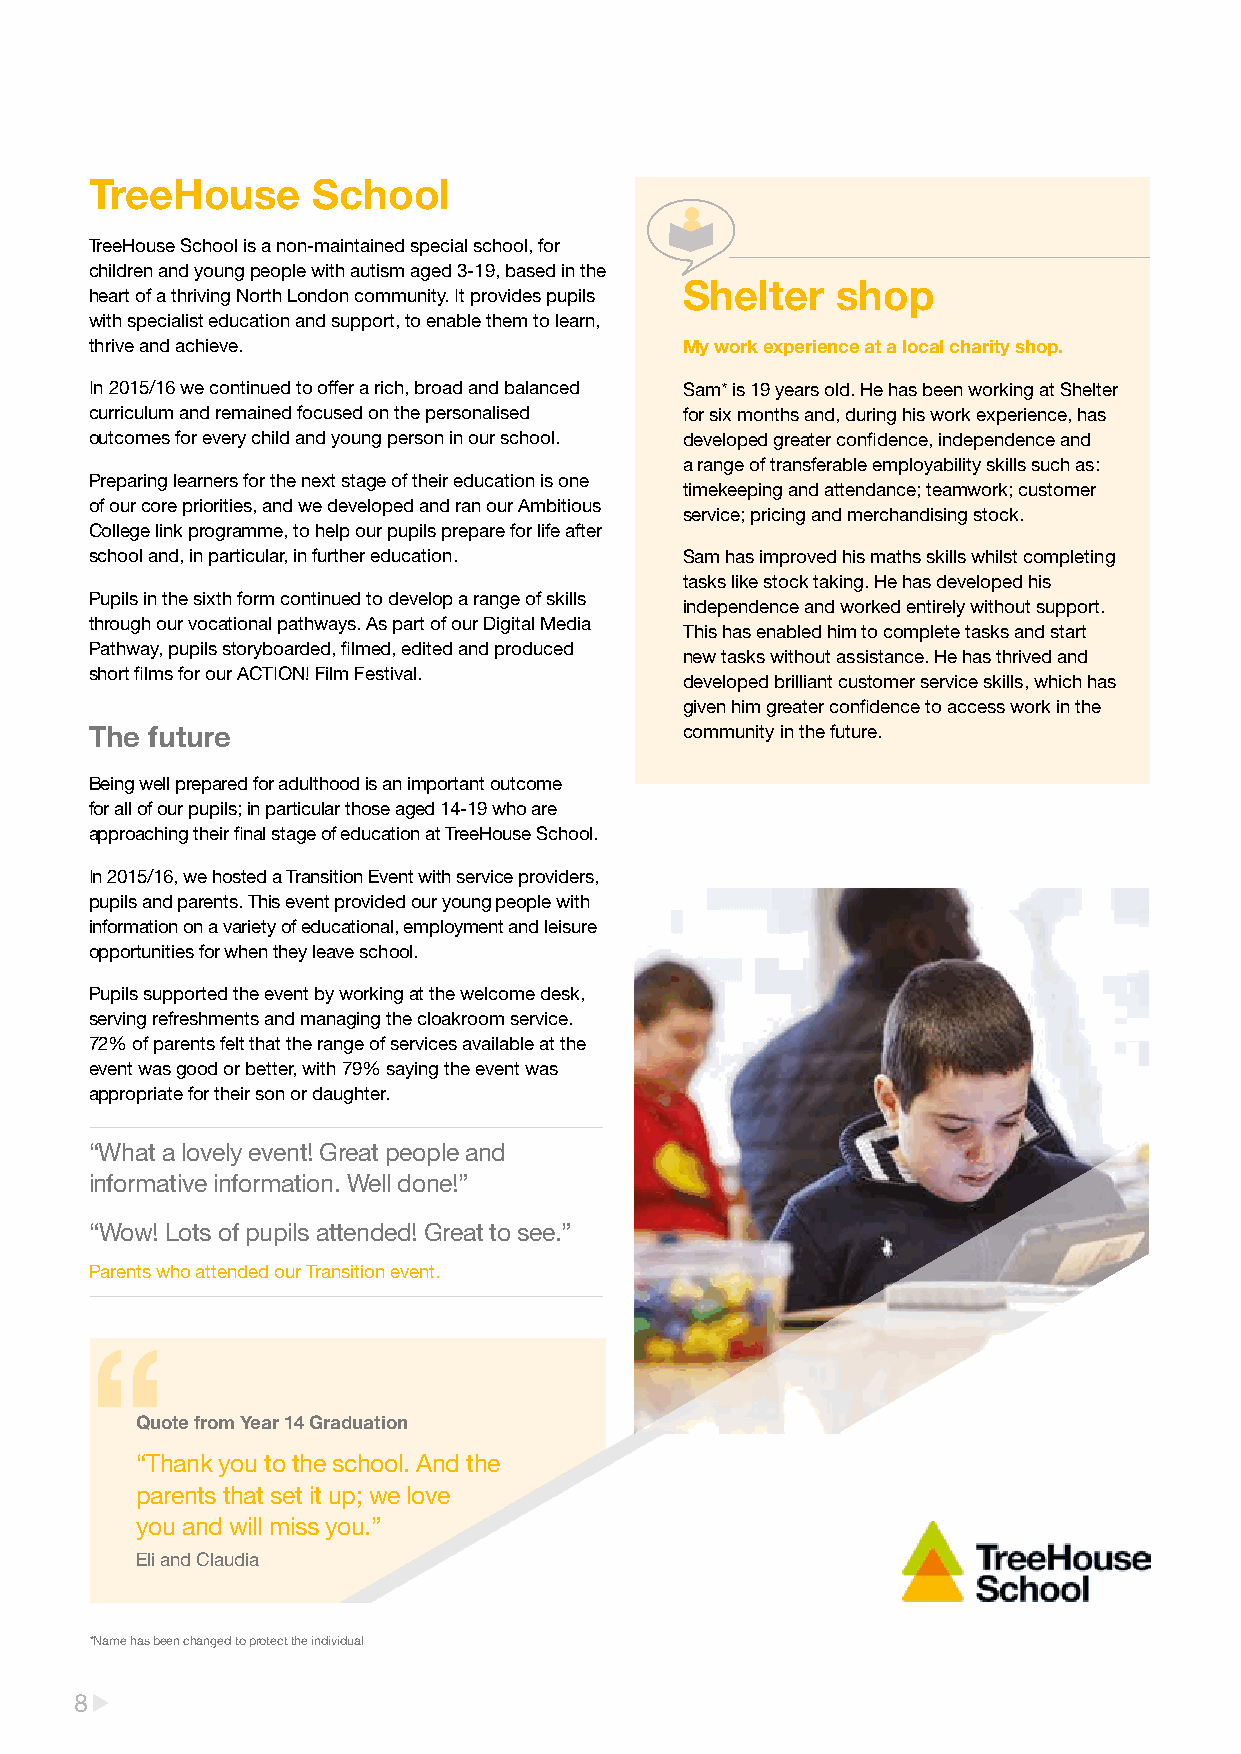
TreeHouse      School
 TreeHouse School is a non-maintained special school, for
 children and young people with autism aged 3-19, based in the
 Shelter   shop
 heart of a thriving North London community. It provides pupils
 with specialist education and support, to enable them to learn,
 thrive and achieve.                    My work experience at a local charity shop.
 In 2015/16 we continued to offer a rich, broad and balanced Sam* is 19 years old. He has been working at Shelter
 curriculum and remained focused on the personalised for six months and, during his work experience, has
 outcomes for every child and young person in our school. developed greater confidence, independence and
 a range of transferable employability skills such as:
 Preparing learners for the next stage of their education is one
 timekeeping and attendance; teamwork; customer
 of our core priorities, and we developed and ran our Ambitious
 service; pricing and merchandising stock.
 College link programme, to help our pupils prepare for life after
 school and, in particular, in further education. Sam has improved his maths skills whilst completing
 tasks like stock taking. He has developed his
 Pupils in the sixth form continued to develop a range of skills
 independence and worked entirely without support.
 through our vocational pathways. As part of our Digital Media
 This has enabled him to complete tasks and start
 Pathway, pupils storyboarded, filmed, edited and produced
 new tasks without assistance. He has thrived and
 short films for our ACTION! Film Festival.
 developed brilliant customer service skills, which has
 given him greater confidence to access work in the
 The future                             community in the future.
 Being well prepared for adulthood is an important outcome
 for all of our pupils; in particular those aged 14-19 who are
 approaching their final stage of education at TreeHouse School.
 In 2015/16, we hosted a Transition Event with service providers,
 pupils and parents. This event provided our young people with
 information on a variety of educational, employment and leisure
 opportunities for when they leave school.
 Pupils supported the event by working at the welcome desk,
 serving refreshments and managing the cloakroom service.
 72% of parents felt that the range of services available at the
 event was good or better, with 79% saying the event was
 appropriate for their son or daughter.
 “What a lovely event! Great people and
 informative information. Well done!”
 “Wow! Lots of pupils attended! Great to see.”
 Parents who attended our Transition event.
 Quote from Year 14 Graduation
 “Thank you to the school. And the
 parents that set it up; we love
 you and will miss you.”
 Eli and Claudia
 *Name has been changed to protect the individual
 8